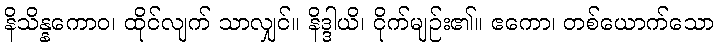
နိသိန္နကောဝ၊ ထိုင်လျက် သာလျှင်။ နိဒ္ဒါယိ၊ ငိုက်မျဉ်း၏။ ဧကော၊ တစ်ယောက်သော